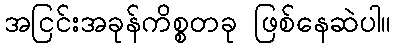
အငြင်းအခုန်ကိစ္စတခု ဖြစ်နေဆဲပါ။